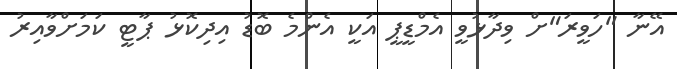
އޭނާ "ހަވީރަ"ށް ވިދާޅުވީ އެމްޑީޕީ އަކީ އެންމެ ބޮޑު އިދިކޮޅު ޕާޓީ ކަމަށްވާއިރު